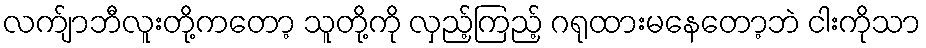
လက်ျာဘီလူးတို့ကတော့ သူတို့ကို လှည့်ကြည့် ဂရုထားမနေတော့ဘဲ ငါးကိုသာ